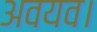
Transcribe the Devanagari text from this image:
अवयव।